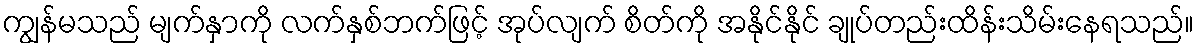
ကျွန်မသည် မျက်နှာကို လက်နှစ်ဘက်ဖြင့် အုပ်လျက် စိတ်ကို အနိုင်နိုင် ချုပ်တည်းထိန်းသိမ်းနေရသည်။